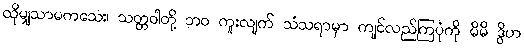
ထိုမျှသာမကသေး၊ သတ္တဝါတို့ ဘဝ ကူးလျက် သံသရာမှာ ကျင်လည်ကြပုံကို မိမိ ဒွိဟ